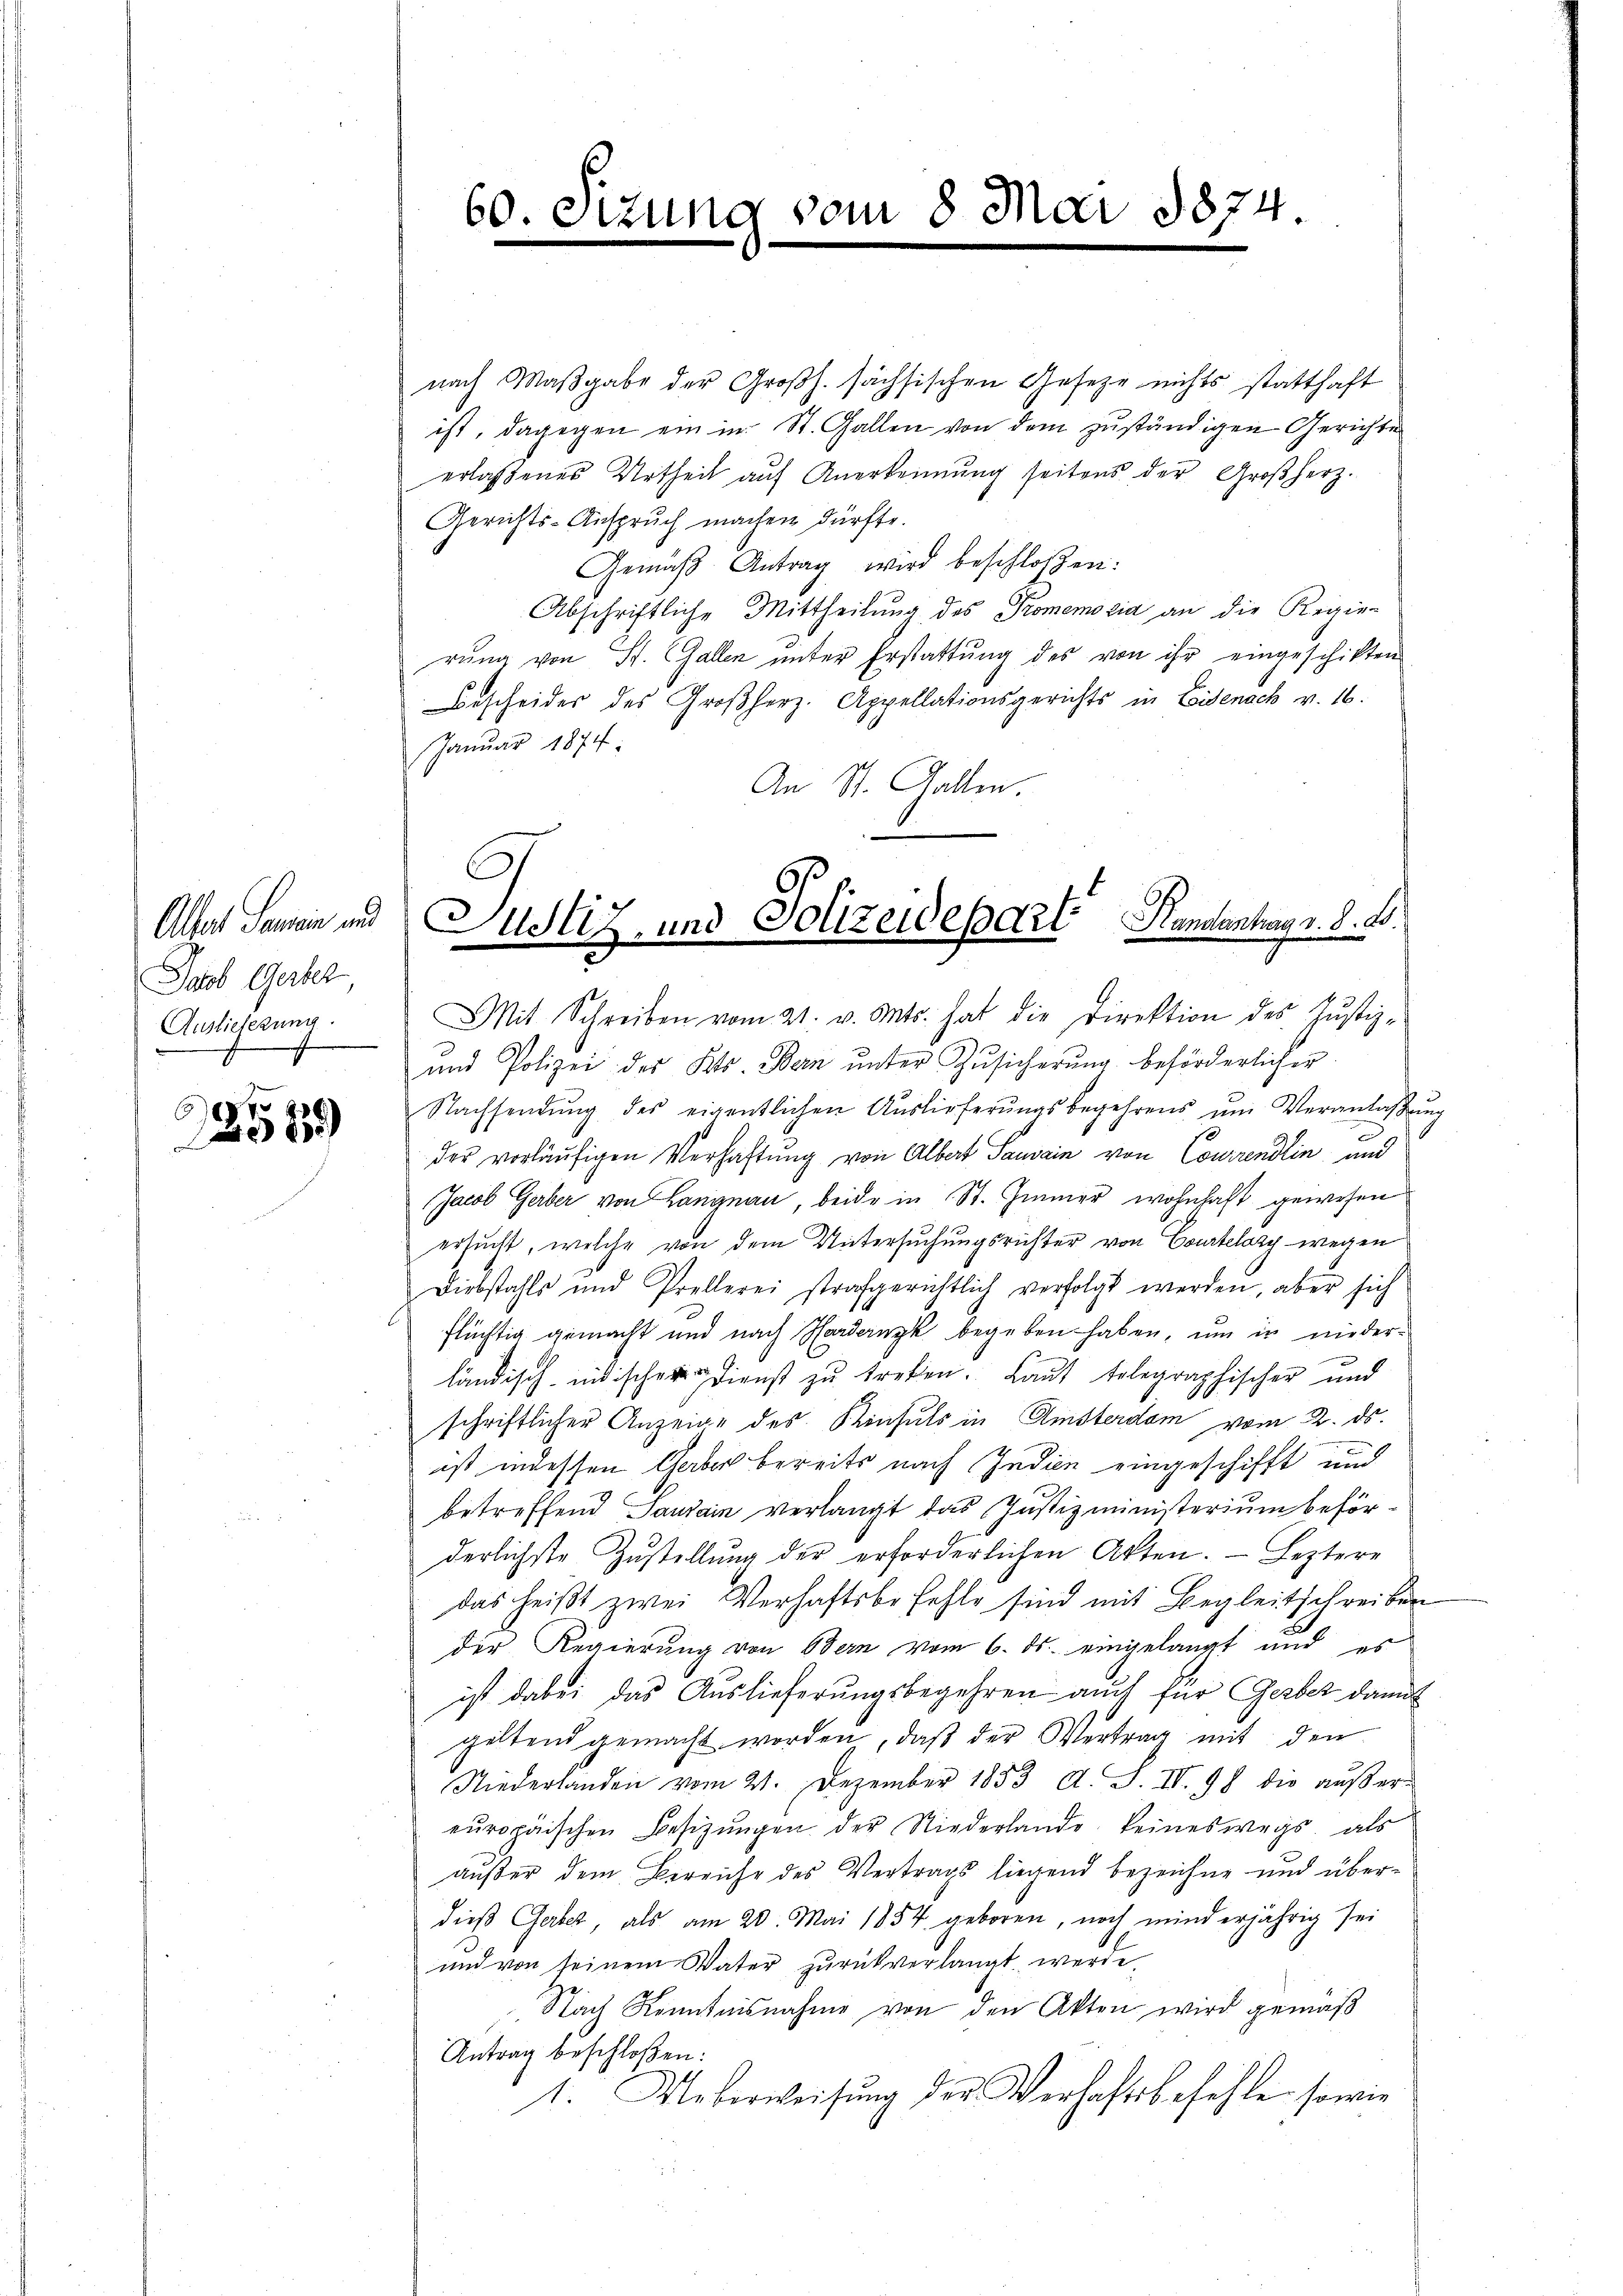
Jacob Gerber,
Auslieferung.

774
81)

nach Maβgabe der Groβh. sächsischen Geseze nichts statthaft
ist, dagegen ein in St. Gallen von dem zuständigen Gerichte
erlassenes Urtheil auf Anerkennung seitens der Großherz.
Gerichts-Anspruch machen dürfte.
Gemäβ Antrag wird beschloßen:
Abschriftliche Mittheilung des Promemoria an die Regie-
rung von St. Gallen unter Erstattung des von ihr eingeschikten
Bescheides des Großherz. Appellationsgerichts in Eisenack v. 16.
Januar 1874.
An St. Gallen.

60.

ng vom 8 Mai 1874

Altar Sanen und Zustiz- und Polizeidepart Handenhag v. d. d.

Mit Schreiben vom 21. v. Mts. hat die Direktion des Justiz-
und Polizei des Kts. Bern ŭnter Zŭsicherŭng beförderlicher
Nachsendung des eigentlichen Auslieferungsbegehrens um Veranlassung
der vorläufigen Verhaftung von Albert Sauvain von Courrendlin und
Jacob Gerber von Langnau, beide in St. Immer wohnhaft gewesen
ersucht, welche von dem Untersuchungsrichter von Courtelary wegen
Diebstahls und Prellerei strafgerichtlich verfolgt werden, aber sich
flüchtig gemacht und nach Hardernyk begeben haben, um in niederländisch indischer dienst zu treten. Laut telegraphischer und
schriftlicher Anzeige des Kinsuls in Amsterdam vom 2. ds.
ist indessen Chaber bereits nach Indien eingeschifft und
betreffend Tanzain verlangt das Justizministerium beförderlichste Zŭstellŭng der erforderlichen Akten. Leztere
das heißt zwei Verhaftsbefehle sind mit Begleitschreiben
der Regierung von Bern vom 6. ds. eingelangt und es
ist dabei das Auslieferungsbegehren auch für Gerber damit
geltend gemacht worden, daß der Vertrag mit den
Niederlanden vom 21. Dezember 1853 A. S. II. 98 die aŭβer-
europäischen Besizungen der Niederlande keineswegs, als
außer dem Bereiche des Vertrags liegend bezeichne und überdieß Gerbes, als am 20. Mai 1854 geboren, noch minderjährig sei
und von seinem Vater zŭrückverlangt werde.
Nach Kenntnisnahme von den Akten wird gemäß
Antrag beschloßen:
Ueberweisung der Verhaftsbefehle sowie
1.